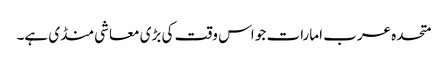
متحدہ عرب امارات جو اس وقت کی بڑی معاشی منڈی ہے۔